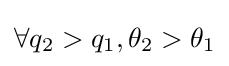
\forall q_{2}>q_{1},\theta _{2}>\theta _{1}